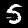
Digit: 5